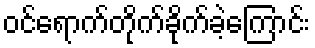
ဝင်ရောက်တိုက်ခိုက်ခဲ့ကြောင်း